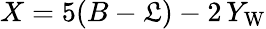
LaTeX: X=5(B-\mathfrak{L})-2\, Y_{\mathrm{{W}}}